koduurija_Pavel_Tisler, lk 9
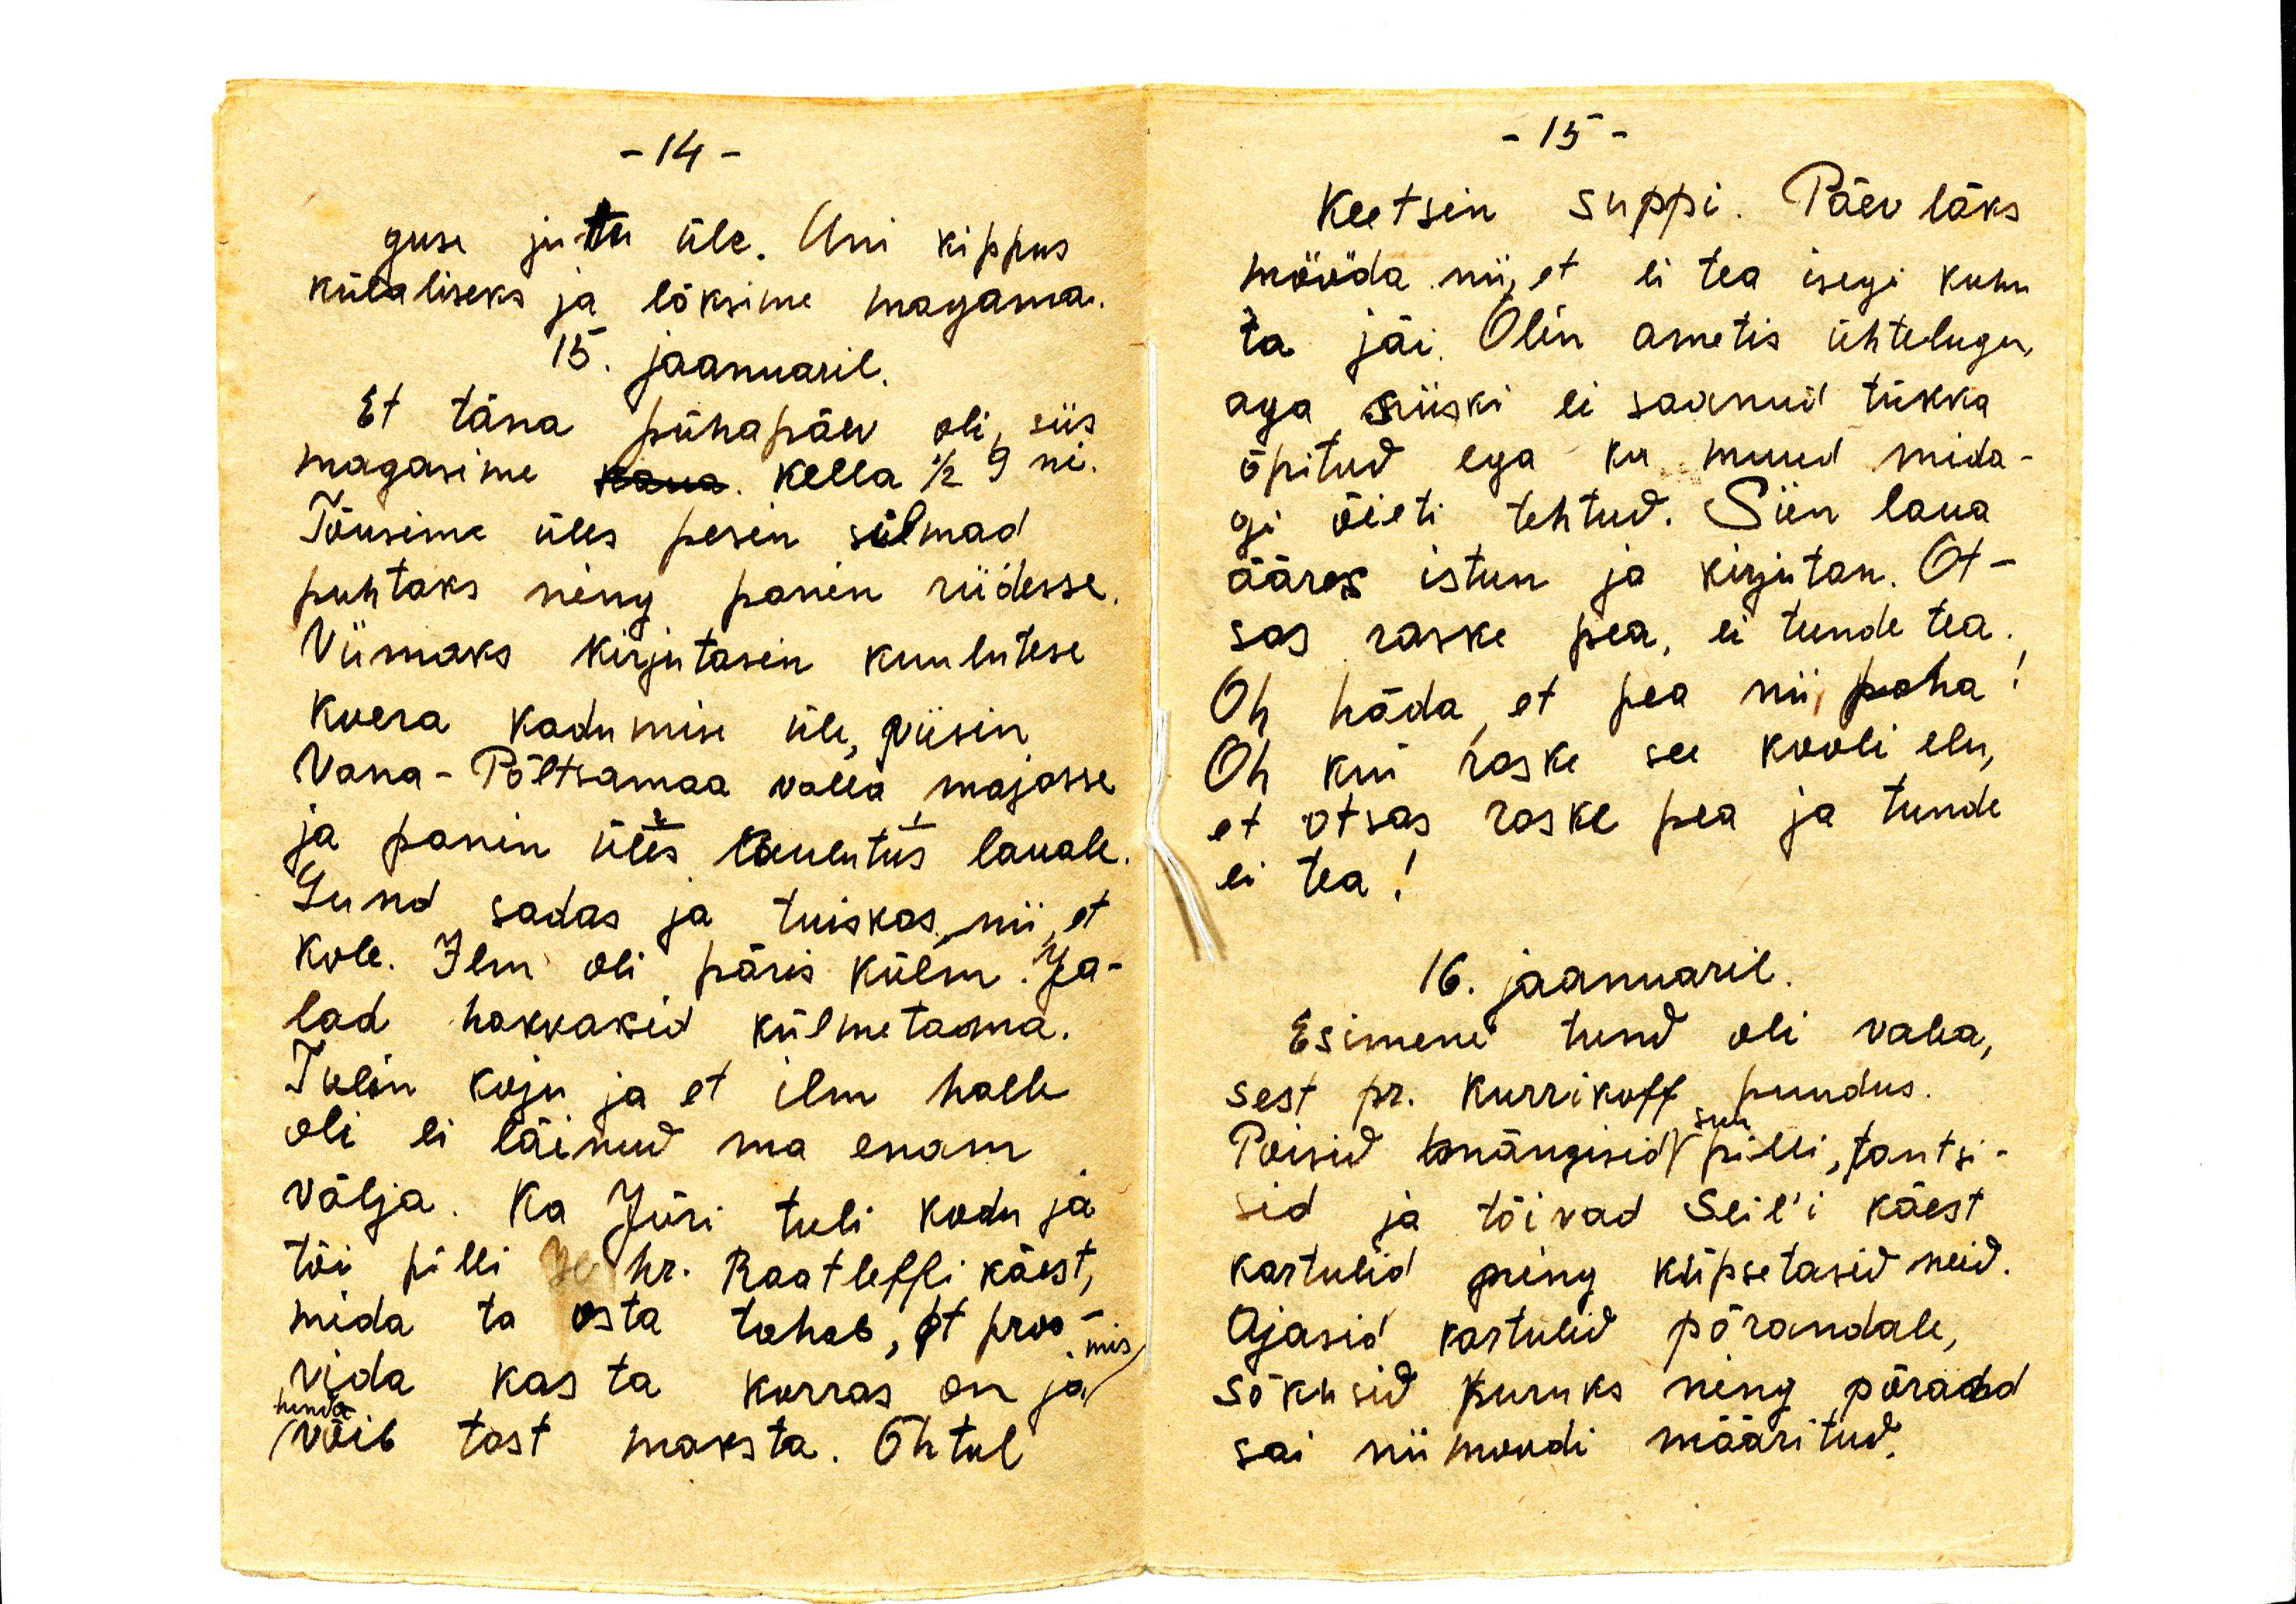
guse juttu üle. Uni kippus
külaliseks ja läksime magama.
15. jaanuaril.
Et täna pühapäev oli siis
magasime kaua kella 1/2 9 ni.
Tõusime üles pesen silmad
puhtaks ning panin riidesse.
Viimaks kirjutasin kuulutuse
koera kadumise üle, viisin
Vana-Põltsamaa valla majasse
ja panin üles kuulutus lauale.
Lund sadas ja tuiskas, nii et
kole. Ilm oli päris külm. Ja-
lad hakkasid külmetama.
Tulin koju ja et ilm halb
oli ei läinud ma enam
välja. Ka Jüri tuli kodu ja 
tõi pilli hr. Raatleffi käest,
mida ta osta tahav, et proo-
vida kas ta korras on ja mis
hinda
võib tast maksta. Õhtul

keetsin suppi. Päev läks
mööda nii, et ei tea isegi kuhu
ta jäi. Olin ametis ühtelugu,
aga siiski ei saanud tükka
õpitud ega ka muud mida-
gi õieti tehtud. Siin laua
ääres istun ja kirjutan. Ot-
sas raske pea, ei tunde tea.
Oh häda, et pea nii paha!
Oh kui raske see kooli elu,
et otsas raske pea ja tunde
ei tea!
16. jaanuaril.
Esimene tund oli vaba,
sest pr. Kurrikoff puudus.
Poisid täna mängisid seda pilli, tantsi-
sid ja tõivad Seil'i käest
kartulid ning küpsetasid neid.
Ajasid kartulid põrandale,
sõkusid puruks ning põrandad
sai niimoodi määritud.